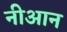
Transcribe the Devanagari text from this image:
नीआन